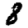
Digit: 8